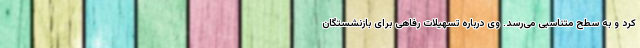
کرد و به سطح متناسبی می‌رسد. وی درباره تسهیلات رفاهی برای بازنشستگان